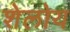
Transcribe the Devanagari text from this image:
शेलोय